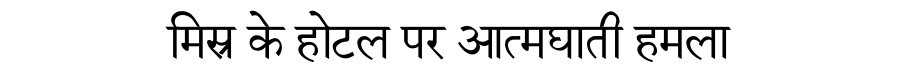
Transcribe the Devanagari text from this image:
मिस्र के होटल पर आत्मघाती हमला